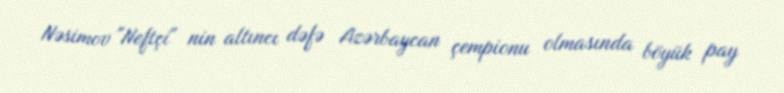
Nəsimov "Neftçi" nin altıncı dəfə Azərbaycan çempionu olmasında böyük pay